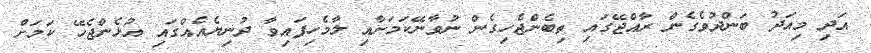
އަދި މިއަދު ބަންދުވެގެން ރާއްޖޭގައި ތިބެންޖެހިގެން ނުވާނޭކަމަށާއި ލާމެހިފައިވާ ދުނިޔެއެއްގައި އުޅެންޖެހޭ ކަމަށް